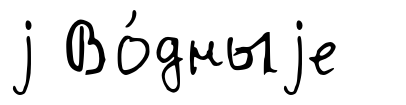
j Во́дныjе